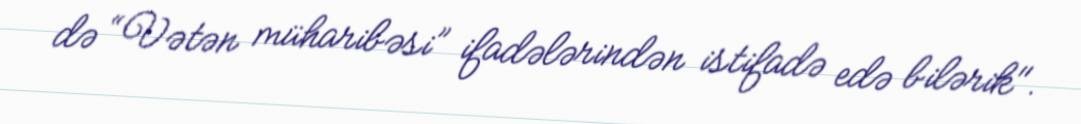
də “Vətən müharibəsi” ifadələrindən istifadə edə bilərik".